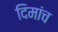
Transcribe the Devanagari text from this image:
दिमांच